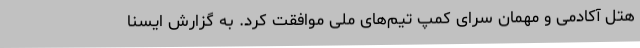
هتل آکادمی و مهمان سرای کمپ تیم‌های ملی موافقت کرد. به گزارش ایسنا